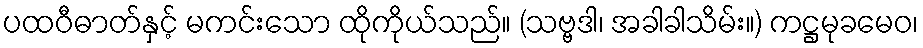
ပထဝီဓာတ်နှင့် မကင်းသော ထိုကိုယ်သည်။ (သဗ္ဗဒါ၊ အခါခါသိမ်း။) ကဋ္ဌမုခမေဝ၊